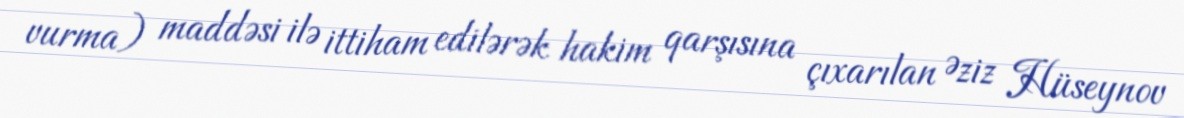
vurma) maddəsi ilə ittiham edilərək hakim qarşısına çıxarılan Əziz Hüseynov